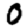
Digit: 0